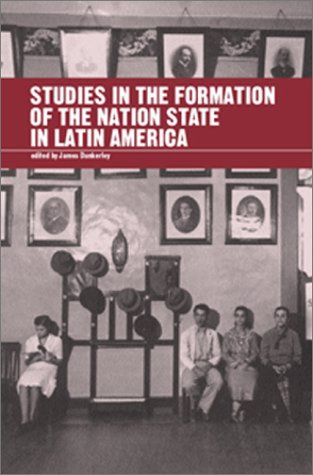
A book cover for Studies in the Formation of the Nation State in Latin America; Business & Money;